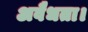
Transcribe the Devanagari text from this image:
अवैधता।